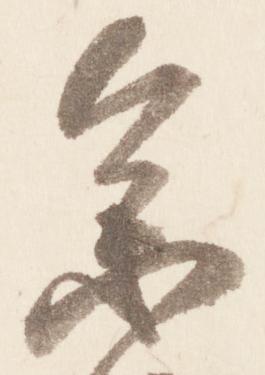
参